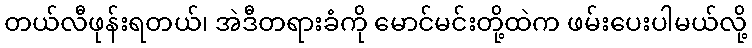
တယ်လီဖုန်းရတယ်၊ အဲဒီတရားခံကို မောင်မင်းတို့ထဲက ဖမ်းပေးပါမယ်လို့